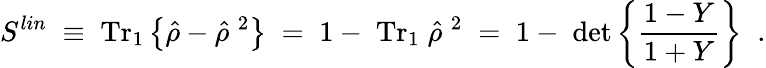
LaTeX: S^{lin}\; \equiv\; \mathrm{Tr}_{1}\left\{ \hat{\rho}-\hat{\rho}^{\; 2}\right\} \; =\; 1-\; \mathrm{Tr}_{1}\; \hat{\rho}^{\; 2}\; =\; 1-\; \operatorname*{det}\left\{ \frac{1-Y}{1+Y}\right\} \; \; .